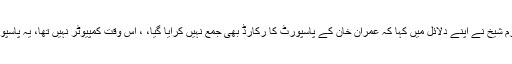
حنیف عباسی کے وکیل اکرم شیخ نے اپنے دلائل میں کہا کہ عمران خان کے پاسپورٹ کا رکارڈ بھی جمع نہیں کرایا گیا، ، اس وقت کمپیوٹر نہیں تھا، یہ پاسپورٹ کا متبادل نہیں ہوسکتا۔